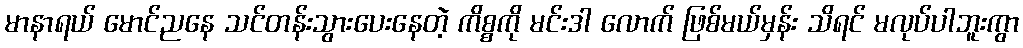
မာနာရယ် မောင်ညနေ သင်တန်းသွားပေးနေတဲ့ ကိစ္စကို မင်းဒါ လောက် ဖြစ်မယ်မှန်း သိရင် မလုပ်ပါဘူးကွာ